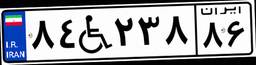
۸۴W۲۳۸۸۶